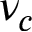
\nu _ { c }